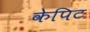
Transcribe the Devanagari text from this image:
केपिट